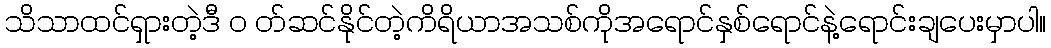
သိသာထင်ရှားတဲ့ဒီ ၀ တ်ဆင်နိုင်တဲ့ကိရိယာအသစ်ကိုအရောင်နှစ်ရောင်နဲ့ရောင်းချပေးမှာပါ။